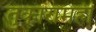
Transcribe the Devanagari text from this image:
तुकारामही